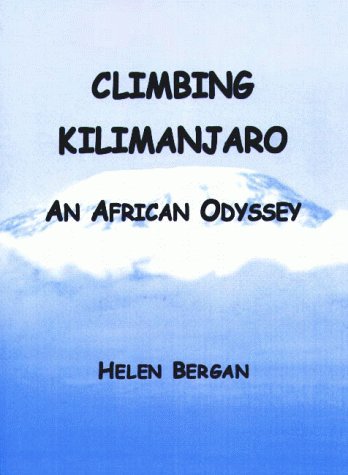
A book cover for Climbing Kilimanjaro: An African Odyssey; Helen Bergan; Travel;